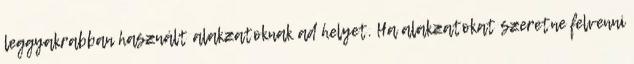
leggyakrabban használt alakzatoknak ad helyet. Ha alakzatokat szeretne felvenni